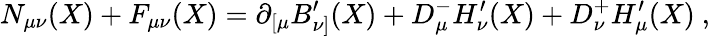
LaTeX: N_{\mu\nu}(X)+F_{\mu\nu}(X)=\partial_{[\mu}B_{\nu]}^{\prime}(X)+D_{\mu}^{-}H_{\nu}^{\prime}(X)+D_{\nu}^{+}H_{\mu}^{\prime}(X)\ ,